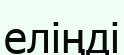
еліңді